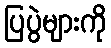
ပြပွဲများကို